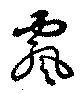
飄